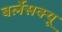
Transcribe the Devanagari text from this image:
बर्लेसक्यू